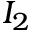
I _ { 2 }